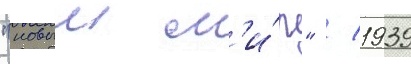
"новыи м'и́р" / 1939